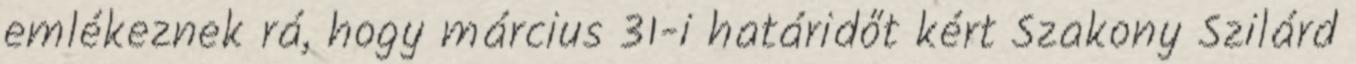
emlékeznek rá, hogy március 31-i határidőt kért Szakony Szilárd